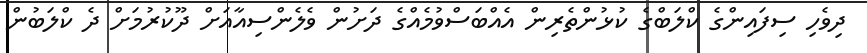
ދިވެހި ސިފައިންގެ ކްލަބްގެ ކުޅުންތެރިން އެއްބަސްވުމެއްގެ ދަށުން ވެލެންސިއާއަށް ދޫކުރުމަށް ދެ ކްލަބުން